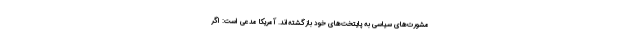
مشورت‌های سیاسی به پایتخت‌های خود بازگشته‌اند. آمریکا مدعی است: اگر